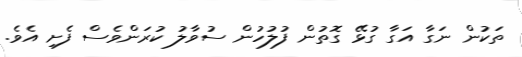
ތަކުން ނަގާ އަގާ ގުޅޭ ގޮތުން ފުލުހުން ސުވާލު ކުރަންވެސް ފެށި އެވެ.